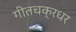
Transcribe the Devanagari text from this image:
गीतचक्रधर